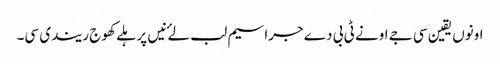
اونوں یقین سی جے اونے ٹی بی دے جراسیم لب لۓ نیں پر ہلے کھوج ریندی سی۔